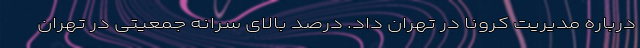
درباره مدیریت کرونا در تهران داد. درصد بالای سرانه جمعیتی در تهران